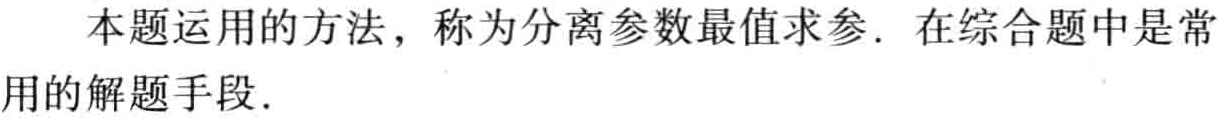
本题运用的方法，称为分离参数最值求参. 在综合题中是常用的解题手段.